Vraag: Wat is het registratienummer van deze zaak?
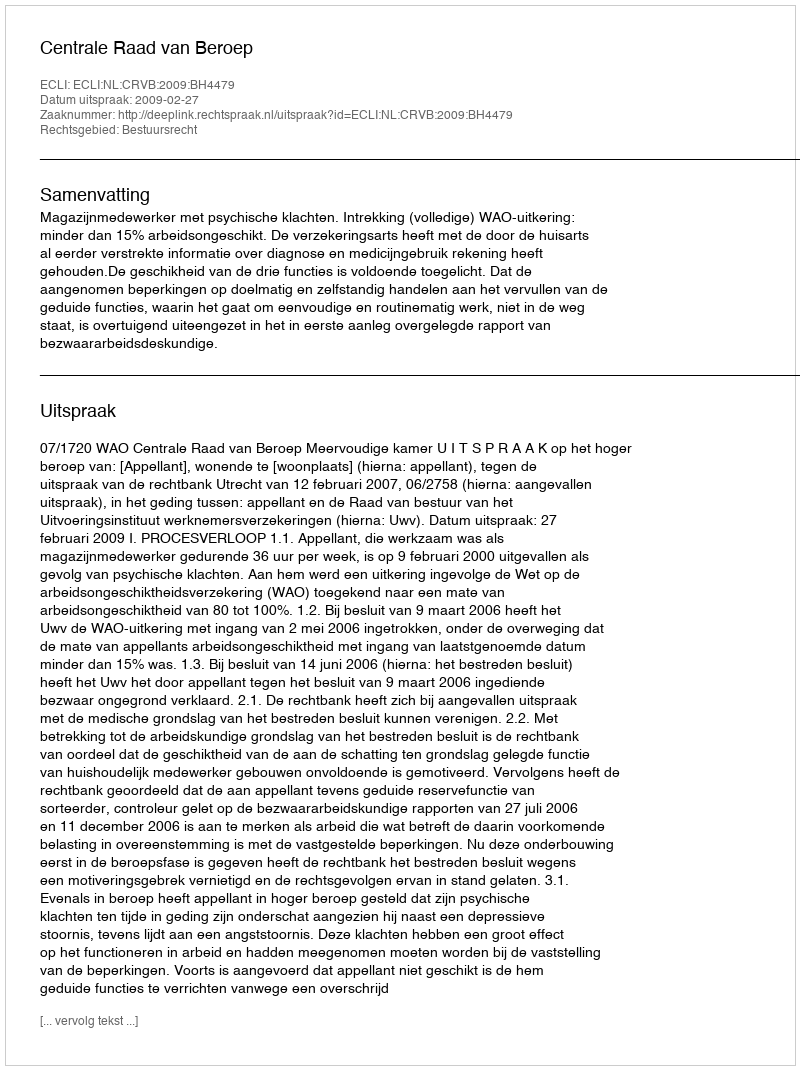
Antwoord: http://deeplink.rechtspraak.nl/uitspraak?id=ECLI:NL:CRVB:2009:BH4479